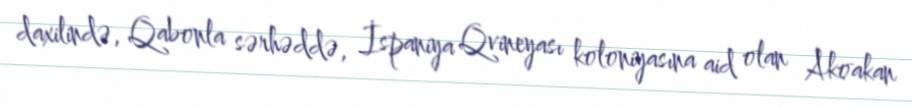
daxilində, Qabonla sərhəddə, İspaniya Qvineyası koloniyasına aid olan Akoakan